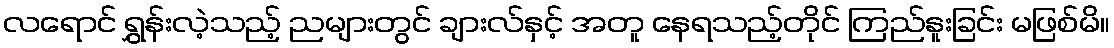
လရောင် ရွှန်းလဲ့သည့် ညများတွင် ချားလ်နှင့် အတူ နေရသည့်တိုင် ကြည်နူးခြင်း မဖြစ်မိ။